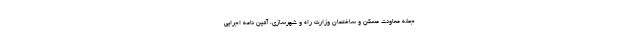
جمله معاونت مسکن و ساختمان وزارت راه و شهرسازی، آئین نامه اجرایی